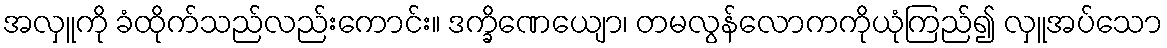
အလှူကို ခံထိုက်သည်လည်းကောင်း။ ဒက္ခိဏေယျော၊ တမလွန်လောကကိုယုံကြည်၍ လှူအပ်သော